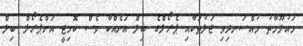
މައުލޫމާތު މުއްސަނދިވި ޖަލުތަކާއި ޕެރޯލްގެ ބިލް އަނެއްކާ ވެސް ކޮމިޓީ އަށްޕެރޯލް ބިލް